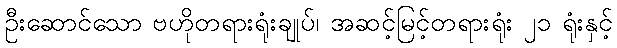
ဦးဆောင်သော ဗဟိုတရားရုံးချုပ်၊ အဆင့်မြင့်တရားရုံး ၂၁ ရုံးနှင့်